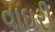
વાઘરી